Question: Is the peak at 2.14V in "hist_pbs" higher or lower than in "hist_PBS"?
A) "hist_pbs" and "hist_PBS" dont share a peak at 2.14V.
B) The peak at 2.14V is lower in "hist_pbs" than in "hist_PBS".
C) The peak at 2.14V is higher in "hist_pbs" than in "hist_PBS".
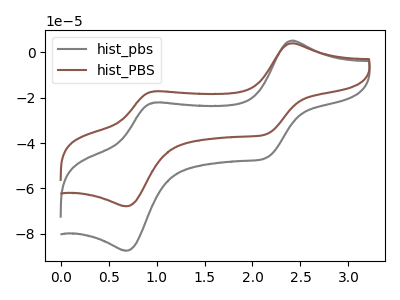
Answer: <think>The gray curve "hist_pbs" has anodic peaks at (2.40V, 5.15uA) (0.95V, -22.15uA) and cathodic peaks at (2.15V, -46.55uA) (0.70V, -87.50uA). The brown curve "hist_PBS" has anodic peaks at (2.40V, 4.00uA) (0.95V, -17.20uA) and cathodic peaks at (2.15V, -36.10uA) (0.70V, -67.90uA).</think>
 <answer>C) The peak at 2.14V is higher in "hist_pbs" than in "hist_PBS".</answer>
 <eval>C</eval>